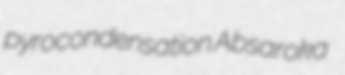
pyrocondensation Absaroka